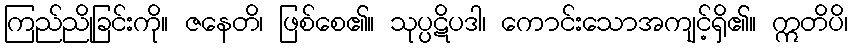
ကြည်ညိုခြင်းကို။ ဇနေတိ၊ ဖြစ်စေ၏။ သုပ္ပဋိပဒါ၊ ကောင်းသောအကျင့်ရှိ၏။ ဣတိပိ၊